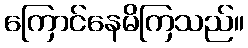
ကြောင်နေမိကြသည်။